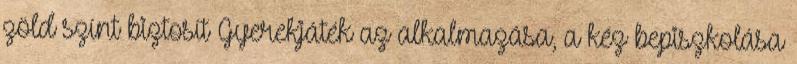
zöld színt biztosít Gyerekjáték az alkalmazása, a kéz bepiszkolása